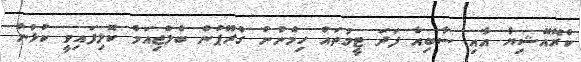
ކްރޮއޭޝިޔާ އާއި ސާބިއާ ފަދަ ޓީމުތައް ހިމެނުނު ގްރޫޕުން ބެލްޖިއަމް ކޮލިފައިވީ ކުޅުނު